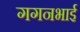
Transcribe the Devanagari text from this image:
गगनभाई